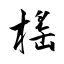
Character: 榣